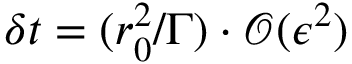
\delta t = ( r _ { 0 } ^ { 2 } / \Gamma ) \cdot \mathcal { O } ( \epsilon ^ { 2 } )